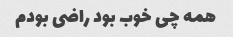
همه چی خوب بود راضی بودم